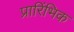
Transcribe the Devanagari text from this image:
प्रारिंभिक